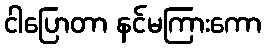
ငါပြောတာ နင်မကြားကော